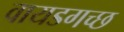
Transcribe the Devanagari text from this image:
वायडगच्छ